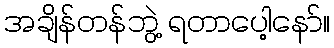
အချိန်တန်ဘွဲ့ ရတာပေါ့နော်။